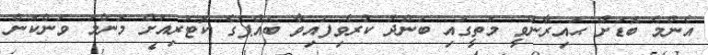
އެންމެ ބޮޑަށް ޙައިރާންވީ މަތީގައި ބަންދު ކުރެވިފައިވާ ބައްޕަގެ ކޮޓަރިއަށް މަންމަ ވަންކަން